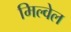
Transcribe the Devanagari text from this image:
मिल्वेल